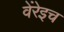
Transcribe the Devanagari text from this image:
वेंरेइच